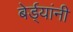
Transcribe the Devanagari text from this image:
बेर्ड्यांनी